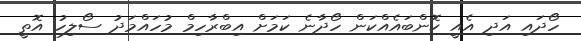
ހޯދައި އަދި އެއީ ކޮންބައެއްކަން ހޯދާނެ ކަމަށް އިބްރާހިމް މުހައްމަދު ސޯލިހު އޮތީ